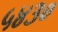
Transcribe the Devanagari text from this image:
५४३०